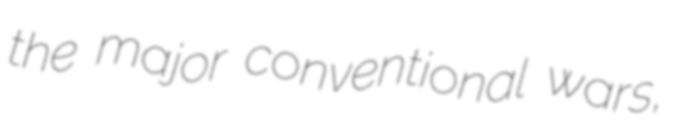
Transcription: the major conventional wars,